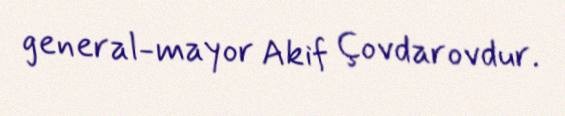
general-mayor Akif Çovdarovdur.